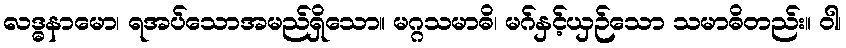
လဒ္ဓနာမော၊ ရအပ်သောအမည်ရှိသော။ မဂ္ဂသမာဓိ၊ မဂ်နှင့်ယှဉ်သော သမာဓိတည်း။ ဝါ၊